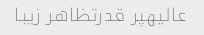
عالیهپر قدرتظاهر زیبا